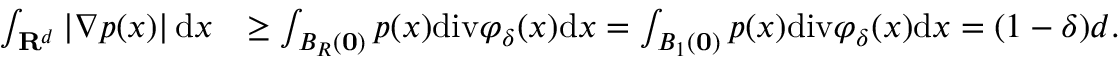
\begin{array} { r l } { \int _ { \mathbf { R } ^ { d } } \left| \nabla p ( x ) \right| \mathrm { d } x } & { \ge \int _ { B _ { R } \left( \mathbf { 0 } \right) } p ( x ) \mathrm { d i v } \varphi _ { \delta } ( x ) \mathrm { d } x = \int _ { B _ { 1 } \left( \mathbf { 0 } \right) } p ( x ) \mathrm { d i v } \varphi _ { \delta } ( x ) \mathrm { d } x = ( 1 - \delta ) d . } \end{array}